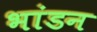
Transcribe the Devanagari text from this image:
भांडन